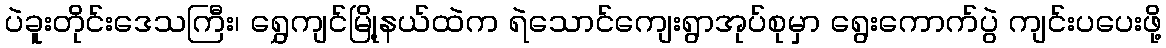
ပဲခူးတိုင်းဒေသကြီး၊ ရွှေကျင်မြို့နယ်ထဲက ရဲသောင်ကျေးရွာအုပ်စုမှာ ရွေးကောက်ပွဲ ကျင်းပပေးဖို့